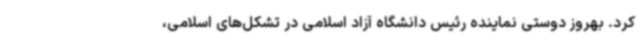
کرد. بهروز دوستی نماینده رئیس دانشگاه آزاد اسلامی در تشکل‌های اسلامی،